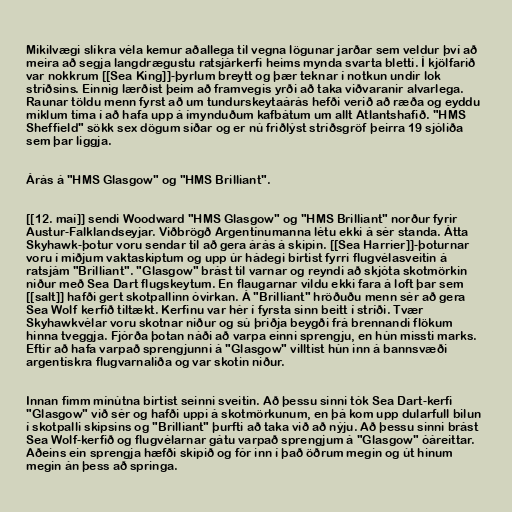
Mikilvægi slíkra véla kemur aðallega til vegna lögunar jarðar sem veldur því að
meira að segja langdrægustu ratsjárkerfi heims mynda svarta bletti. Í kjölfarið
var nokkrum [[Sea King]]-þyrlum breytt og þær teknar í notkun undir lok
stríðsins. Einnig lærðist þeim að framvegis yrði að taka viðvaranir alvarlega.
Raunar töldu menn fyrst að um tundurskeytaárás hefði verið að ræða og eyddu
miklum tíma í að hafa upp á ímynduðum kafbátum um allt Atlantshafið. "HMS
Sheffield" sökk sex dögum síðar og er nú friðlýst stríðsgröf þeirra 19 sjóliða
sem þar liggja.

Árás á "HMS Glasgow" og "HMS Brilliant".

[[12. maí]] sendi Woodward "HMS Glasgow" og "HMS Brilliant" norður fyrir
Austur-Falklandseyjar. Viðbrögð Argentínumanna létu ekki á sér standa. Átta
Skyhawk-þotur voru sendar til að gera árás á skipin. [[Sea Harrier]]-þoturnar
voru í miðjum vaktaskiptum og upp úr hádegi birtist fyrri flugvélasveitin á
ratsjám "Brilliant". "Glasgow" brást til varnar og reyndi að skjóta skotmörkin
niður með Sea Dart flugskeytum. En flaugarnar vildu ekki fara á loft þar sem
[[salt]] hafði gert skotpallinn óvirkan. Á "Brilliant" hröðuðu menn sér að gera
Sea Wolf kerfið tiltækt. Kerfinu var hér í fyrsta sinn beitt í stríði. Tvær
Skyhawkvélar voru skotnar niður og sú þriðja beygði frá brennandi flökum
hinna tveggja. Fjórða þotan náði að varpa einni sprengju, en hún missti marks.
Eftir að hafa varpað sprengjunni á "Glasgow" villtist hún inn á bannsvæði
argentískra flugvarnaliða og var skotin niður.

Innan fimm mínútna birtist seinni sveitin. Að þessu sinni tók Sea Dart-kerfi
"Glasgow" við sér og hafði uppi á skotmörkunum, en þá kom upp dularfull bilun
í skotpalli skipsins og "Brilliant" þurfti að taka við að nýju. Að þessu sinni brást
Sea Wolf-kerfið og flugvélarnar gátu varpað sprengjum á "Glasgow" óáreittar.
Aðeins ein sprengja hæfði skipið og fór inn í það öðrum megin og út hinum
megin án þess að springa.